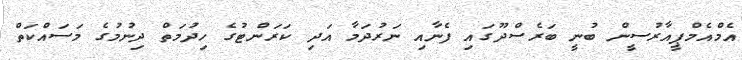
އެމްއެމްޕީއާރުސީން ބުނީ ބަރެސްދޫގައި ފެނާއި ނަރުދަމާ އަދި ކަރަންޓުގެ ހިދުމަތް ދިނުމުގެ މަސައްކަތް